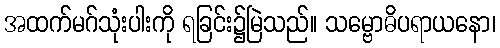
အထက်မဂ်သုံးပါးကို ရခြင်း၌မြဲသည်။ သမ္ဗောဓိပရာယနော၊